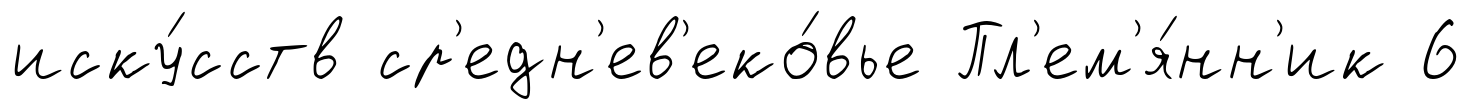
иску́сств ср'едн'ев'еко́вье Пл'ем'я́нн'ик 6